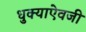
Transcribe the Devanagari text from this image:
धुक्याऐवजी